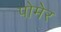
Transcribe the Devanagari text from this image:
पोमेर